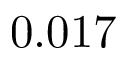
0 . 0 1 7